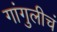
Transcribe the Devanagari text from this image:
गांगुलीचं